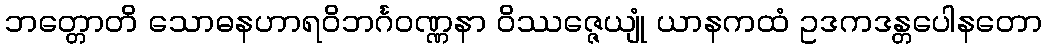
ဘတ္တောတိ သောဓနဟာရဝိဘင်္ဂဝဏ္ဏနာ ဝိဿဇ္ဇေယျုံ ယာနကထံ ဥဒကဒန္တပေါနတော